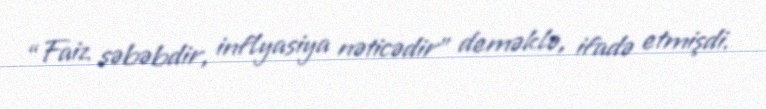
“Faiz səbəbdir, inflyasiya nəticədir” deməklə, ifadə etmişdi.